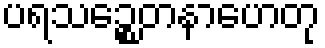
ပရသဉ္စေတနာဟေတု